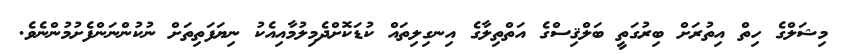
މިޝަލްގެ ހިތް އިތުރަށް ބިރުގަތީ ބަލްޤިސްގެ އަތްތިލާގެ އިނގިލިތައް ކުޑަކޮށްދެމިލުމާއިއެކު ނިޔަފަތިތަށް ނުކުންނަންފެށުމުންނެވެ.